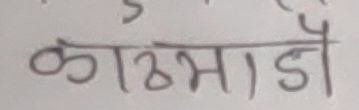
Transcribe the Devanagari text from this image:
काठमाडौं